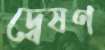
দ্বেষণ